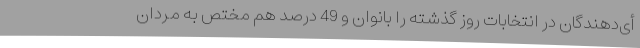
أی‌دهندگان در انتخابات روز گذشته را بانوان و 49 درصد هم مختص به مردان